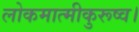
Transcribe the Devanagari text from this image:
लोकमात्मीकुरूष्व।